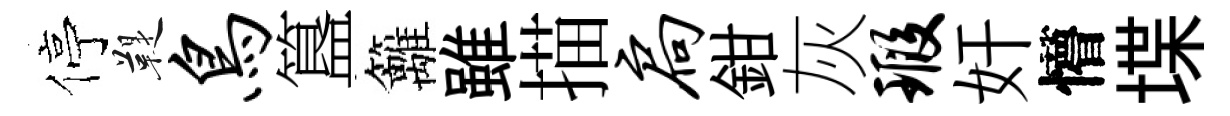
停鞮鸟簋籬雖描扃鉗灰瑕奸懵堞